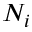
N _ { i }